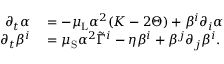
\begin{array} { r l } { \partial _ { t } \alpha } & { { } = - \mu _ { \mathrm { L } } \alpha ^ { 2 } ( K - 2 \Theta ) + \beta ^ { i } \partial _ { i } \alpha } \\ { \partial _ { t } \beta ^ { i } } & { { } = \mu _ { \mathrm { S } } \alpha ^ { 2 } \tilde { \Gamma } ^ { i } - \eta \beta ^ { i } + \beta ^ { j } \partial _ { j } \beta ^ { i } . } \end{array}